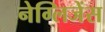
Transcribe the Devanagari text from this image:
नेग्लिजेंस